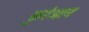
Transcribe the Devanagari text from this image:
कुर॑आन